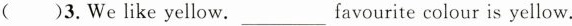
( )3.We like yellow. ___favourite colour is yellow.